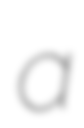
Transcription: a